画像に写った文字を読んでください
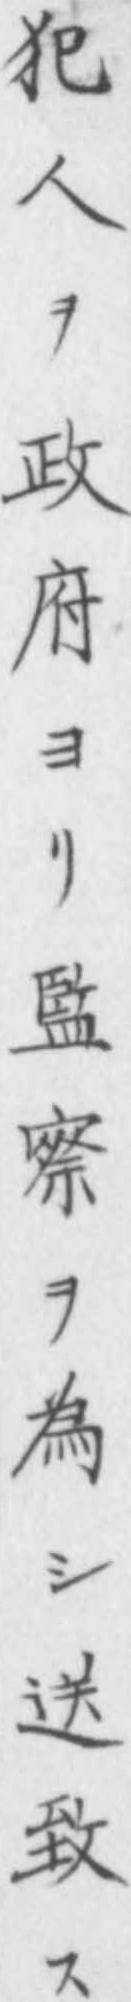
「犯人ヲ政府ヨリ監察ヲ為シ送致ス」と書いてあります